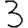
Digit: 3